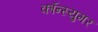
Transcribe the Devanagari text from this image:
कॉन्स्युमर